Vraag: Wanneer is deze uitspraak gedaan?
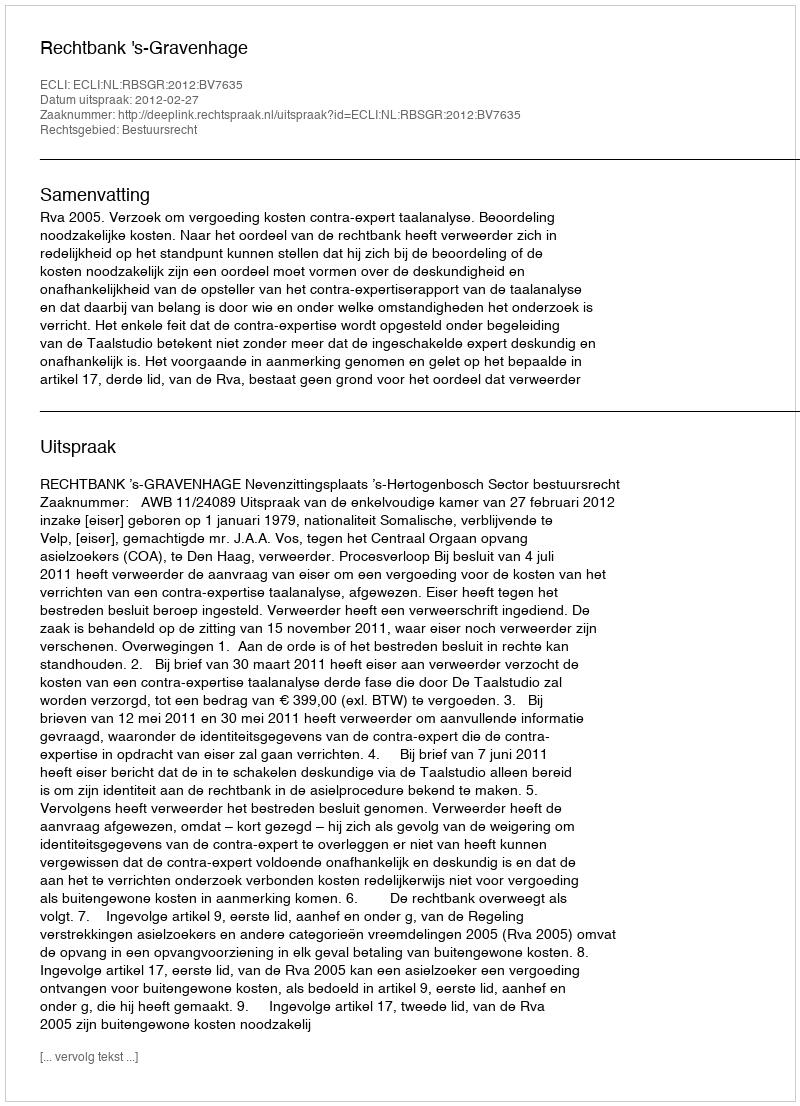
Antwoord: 2012-02-27